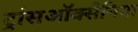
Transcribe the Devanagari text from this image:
ट्रांसऑक्सेनिया